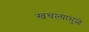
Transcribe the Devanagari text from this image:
खचल्यामुळे